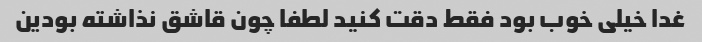
غدا خیلی خوب بود فقط دقت کنید لطفا چون قاشق نذاشته بودین